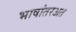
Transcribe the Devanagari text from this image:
भाषांतरअत